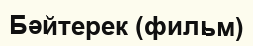
Бәйтерек (фильм)